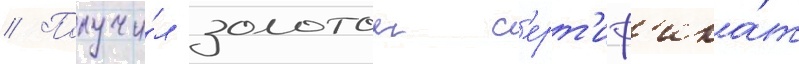
// Получи́л золотои с'ерт'иф'ика́т